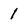
Character: 1